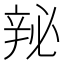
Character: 𬨘